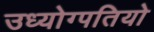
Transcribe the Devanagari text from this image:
उध्योग्पतियो